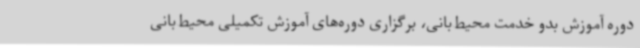
دوره آموزش بدو خدمت محیط‌بانی، برگزاری دوره‌های آموزش تکمیلی محیط‌بانی